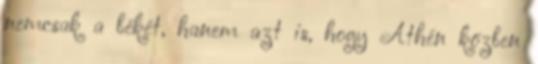
nemcsak a békét, hanem azt is, hogy Athén közben